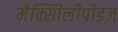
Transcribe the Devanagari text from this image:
मैक्सीिलीपीड्ज़